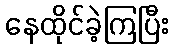
နေထိုင်ခဲ့ကြပြီး